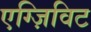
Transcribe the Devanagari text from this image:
एग्ज़िविट